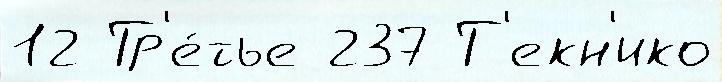
12 Тр'е́тье 237 Т'екн'ико